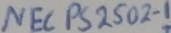
Text: NEC PS 2502